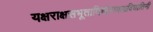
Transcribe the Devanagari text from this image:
यक्षराक्षसभूतादिचोरव्याघ्रविघातिनी